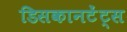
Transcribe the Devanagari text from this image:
डिसकानटेंट्स